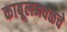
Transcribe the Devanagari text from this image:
काबूलजवळचे